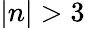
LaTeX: |n|>3